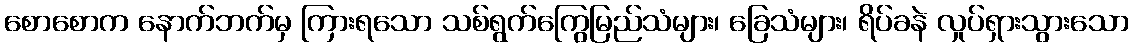
စောစောက နောက်ဘက်မှ ကြားရသော သစ်ရွက်ကြွေမြည်သံများ၊ ခြေသံများ၊ ရိပ်ခနဲ လှုပ်ရှားသွားသော